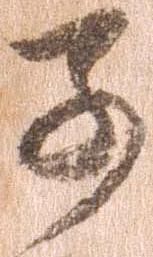
子